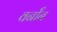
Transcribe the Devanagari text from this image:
वर्नॉन